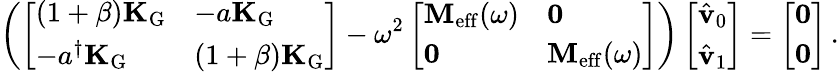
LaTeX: \left(\left[\begin{array}{ll}{(1+\beta)\mathbf{K}_{\mathrm{G}}}&{-a\mathbf{K}_{\mathrm{G}}}\\ {-a^{\dagger}\mathbf{K}_{\mathrm{G}}}&{(1+\beta)\mathbf{K}_{\mathrm{G}}}\end{array}\right]-\omega^{2}\left[\begin{array}{ll}{\mathbf{M}_{\mathrm{eff}}(\omega)}&{\mathbf{0}}\\ {\mathbf{0}}&{\mathbf{M}_{\mathrm{eff}}(\omega)}\end{array}\right]\right)\left[\begin{array}{l}{\hat{\mathbf{v}}_{0}}\\ {\hat{\mathbf{v}}_{1}}\end{array}\right]=\left[\begin{array}{l}{\mathbf{0}}\\ {\mathbf{0}}\end{array}\right]\, .